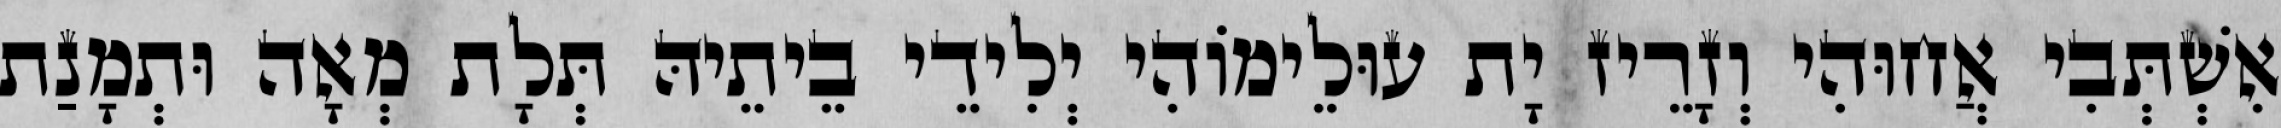
אִשְׁתְּבִי אֲחוּהִי וְזָרֵיז יָת עוּלֵימוֹהִי יְלִידֵי בֵיתֵיהּ תְּלָת מְאָה וּתְמָנַת